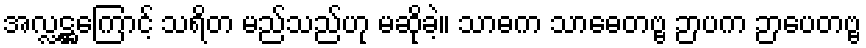
အလ္လဋ္ဌကြောင့် သရိတ မည်သည်ဟု မဆိုခဲ့။ သာဓက သာဓေတဗ္ဗ ဉာပက ဉာပေတဗ္ဗ